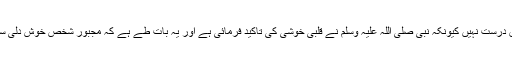
معمولی کمی بیشی کی تو گنجائش ہے لیکن بہت زیادہ فرق درست نہیں کیونکہ نبی صلی اللہ علیہ وسلم نے قلبی خوشی کی تاکید فرمائی ہے اور یہ بات طے ہے کہ مجبور شخص خوش دلی سے غیر معمولی کم ریٹ پربیچنے کے لئے تیار نہیں ہوتا۔